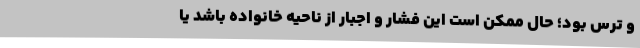
و ترس بود؛ حال ممکن است این فشار و اجبار از ناحیه خانواده باشد یا